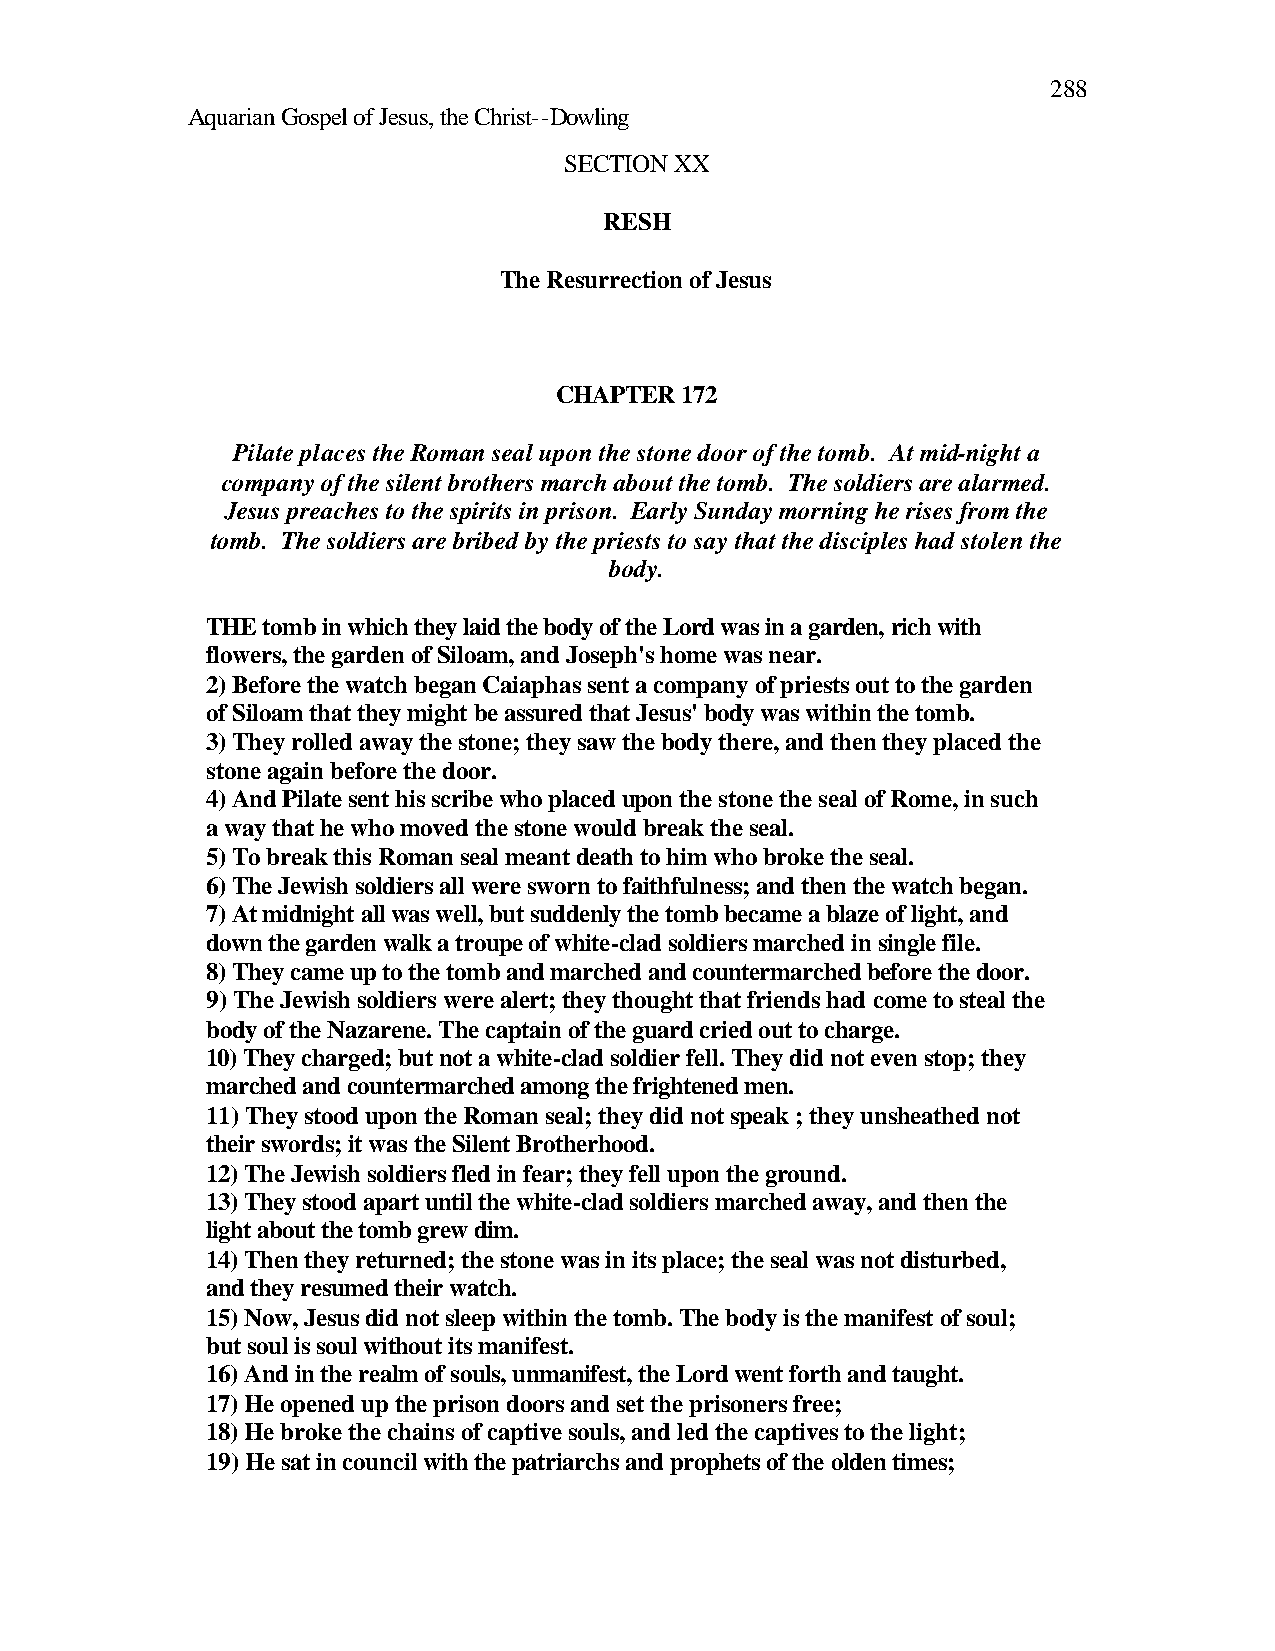
288
 Aquarian Gospel of Jesus, the Christ--Dowling
 SECTION XX
 RESH
 The Resurrection of Jesus
 CHAPTER 172
 Pilate places the Roman seal upon the stone door of the tomb. At mid-night a
 company of the silent brothers march about the tomb. The soldiers are alarmed.
 Jesus preaches to the spirits in prison. Early Sunday morning he rises from the
 tomb. The soldiers are bribed by the priests to say that the disciples had stolen the
 body.
 THE tomb in which they laid the body of the Lord was in a garden, rich with
 flowers, the garden of Siloam, and Joseph's home was near.
 2) Before the watch began Caiaphas sent a company of priests out to the garden
 of Siloam that they might be assured that Jesus' body was within the tomb.
 3) They rolled away the stone; they saw the body there, and then they placed the
 stone again before the door.
 4) And Pilate sent his scribe who placed upon the stone the seal of Rome, in such
 a way that he who moved the stone would break the seal.
 5) To break this Roman seal meant death to him who broke the seal.
 6) The Jewish soldiers all were sworn to faithfulness; and then the watch began.
 7) At midnight all was well, but suddenly the tomb became a blaze of light, and
 down the garden walk a troupe of white-clad soldiers marched in single file.
 8) They came up to the tomb and marched and countermarched before the door.
 9) The Jewish soldiers were alert; they thought that friends had come to steal the
 body of the Nazarene. The captain of the guard cried out to charge.
 10) They charged; but not a white-clad soldier fell. They did not even stop; they
 marched and countermarched among the frightened men.
 11) They stood upon the Roman seal; they did not speak ; they unsheathed not
 their swords; it was the Silent Brotherhood.
 12) The Jewish soldiers fled in fear; they fell upon the ground.
 13) They stood apart until the white-clad soldiers marched away, and then the
 light about the tomb grew dim.
 14) Then they returned; the stone was in its place; the seal was not disturbed,
 and they resumed their watch.
 15) Now, Jesus did not sleep within the tomb. The body is the manifest of soul;
 but soul is soul without its manifest.
 16) And in the realm of souls, unmanifest, the Lord went forth and taught.
 17) He opened up the prison doors and set the prisoners free;
 18) He broke the chains of captive souls, and led the captives to the light;
 19) He sat in council with the patriarchs and prophets of the olden times;